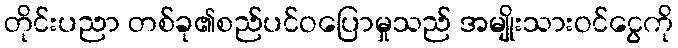
တိုင်းပညာ တစ်ခု၏စည်ပင်ဝပြောမှုသည် အမျိုးသားဝင်ငွေကို